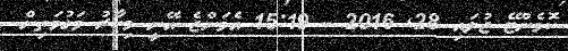
ކޮމެންޓޭ ޖުލައި 28